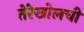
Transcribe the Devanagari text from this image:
तेरेखोलची